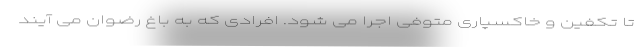
تا تکفین و خاکسپاری متوفی اجرا می شود. افرادی که به باغ رضوان می آیند